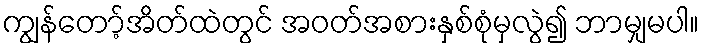
ကျွန်တော့်အိတ်ထဲတွင် အဝတ်အစားနှစ်စုံမှလွဲ၍ ဘာမျှမပါ။